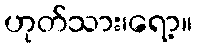
ဟုတ်သား၊ရော့။